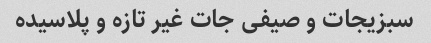
سبزیجات و صیفی جات غیر تازه و پلاسیده